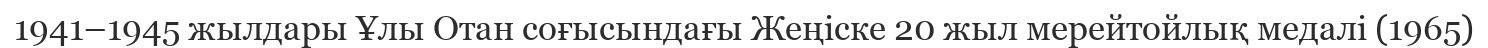
1941–1945 жылдары Ұлы Отан соғысындағы Жеңіске 20 жыл мерейтойлық медалі (1965)